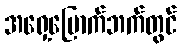
အရှေ့မြောက်ဘက်တွင်